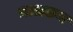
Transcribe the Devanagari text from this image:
माळठण